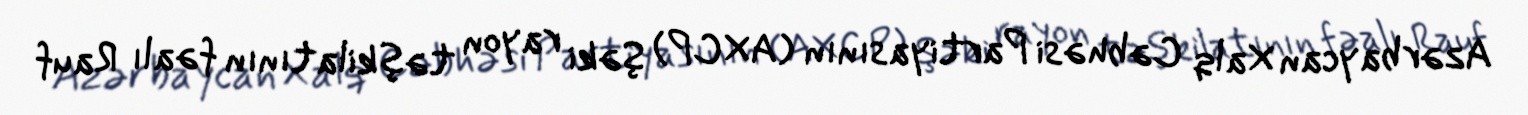
Azərbaycan Xalq Cəbhəsi Partiyasının (AXCP) Şəki rayon təşkilatının fəalı Rauf